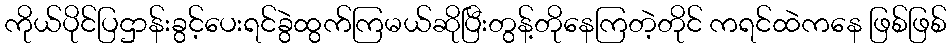
ကိုယ်ပိုင်ပြဌာန်းခွင့်ပေးရင်ခွဲထွက်ကြမယ်ဆိုပြီးတွန့်တိုနေကြတဲ့တိုင် ကရင်ထဲကနေ ဖြစ်ဖြစ်